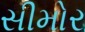
સીમોર